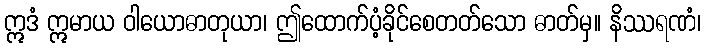
ဣဒံ ဣမာယ ဝါယောဓာတုယာ၊ ဤထောက်ပံ့ခိုင်စေတတ်သော ဓာတ်မှ။ နိဿရဏံ၊